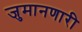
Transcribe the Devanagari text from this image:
जुमानणारी